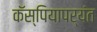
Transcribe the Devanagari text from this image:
कॅस्पियापर्यंत